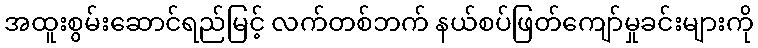
အထူးစွမ်းဆောင်ရည်မြင့် လက်တစ်ဘက် နယ်စပ်ဖြတ်ကျော်မှုခင်းများကို